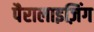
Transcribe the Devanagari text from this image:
पैरालाइज़िंग